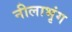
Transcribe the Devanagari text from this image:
नीलाभृंग